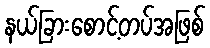
နယ်ခြားစောင့်တပ်အဖြစ်